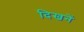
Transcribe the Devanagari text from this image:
दिखनें